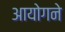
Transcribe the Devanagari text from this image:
आयोगने